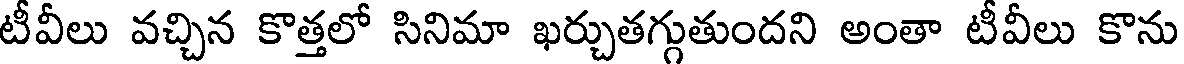
టీవీలు వచ్చిన కొత్తలో సినిమా ఖర్చుతగ్గుతుందని అంతా టీవీలు కొను